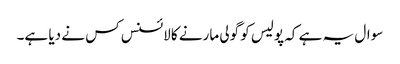
سوال یہ ہے کہ پولیس کو گولی مارنے کا لائسنس کس نے دیا ہے۔